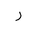
Letter: _ra